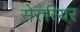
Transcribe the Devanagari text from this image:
सेरुरियर